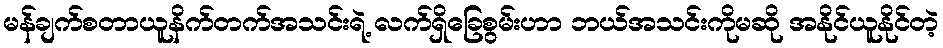
မန်ချက်စတာယူနိက်တက်အသင်းရဲ့ လက်ရှိခြေစွမ်းဟာ ဘယ်အသင်းကိုမဆို အနိုင်ယူနိုင်တဲ့